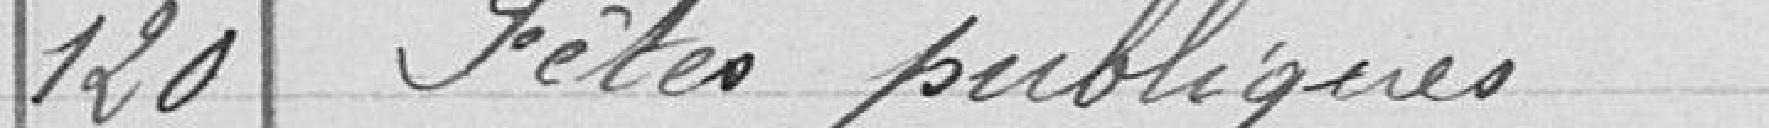
120 Fêtes publiques